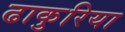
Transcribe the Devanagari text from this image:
ढाकुरिया